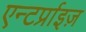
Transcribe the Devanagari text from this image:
एन्टर्प्राइज़